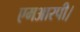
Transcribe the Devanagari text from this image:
एमआरपी।